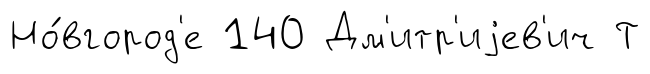
Но́вгород'е 140 Дм'итр'иjев'ич Т